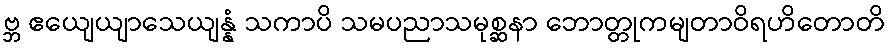
ဗ္ဘ ဧယျေယျာသေယျန္နံ သကာပိ သမပညာသမုစ္ဆနာ ဘောတ္တုကမျတာဝိရဟိတောတိ